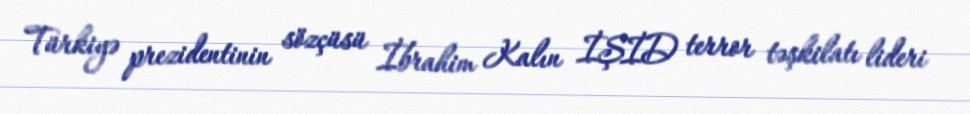
Türkiyə prezidentinin sözçüsü İbrahim Kalın İŞİD terror təşkilatı lideri